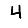
Digit: 4